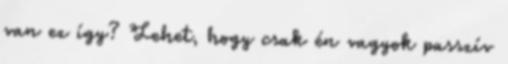
van ez így? Lehet, hogy csak én vagyok passzív